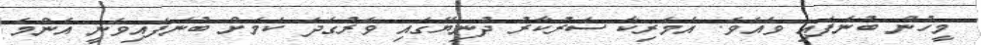
މީހުން ބުނެފައި ވެއެވެ. އެމެރިކާ ސަރުކާރު ދުނިޔޭގައި ވަރުގަދަ ކަމަށް ބުނެފައިވަނީ އެންމެ